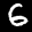
Label: 6